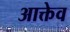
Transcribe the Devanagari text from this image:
आक्तेव